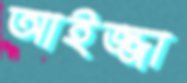
আইজ্জা